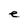
Character: e